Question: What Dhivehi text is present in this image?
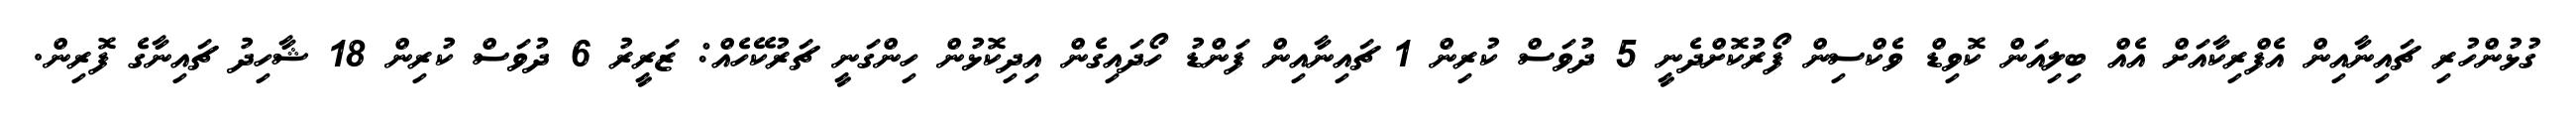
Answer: ގުޅުންހުރި ޗައިނާއިން އެފްރިކާއަށް އެއް ބިލިއަން ކޮވިޑް ވެކްސިން ފޯރުކޮށްދެނީ 5 ދުވަސް ކުރިން 1 ޗައިނާއިން ފަންޑު ހޯދައިގެން އިދިކޮޅުން ހިންގަނީ ޗަރުކޭހެއް: ޒަރީރު 6 ދުވަސް ކުރިން 18 ޝާހިދު ޗައިނާގެ ފޮރިން.